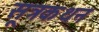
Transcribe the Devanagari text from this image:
सूत्रकथन